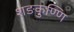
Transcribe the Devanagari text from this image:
शङकुण्णि